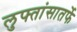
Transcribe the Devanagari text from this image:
लुफ्तांसातर्फे